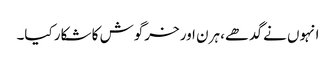
انہوں نے گدھے، ہرن اور خرگوش کا شکار کیا۔